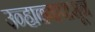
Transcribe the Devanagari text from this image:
उन्हाळ्यापासून